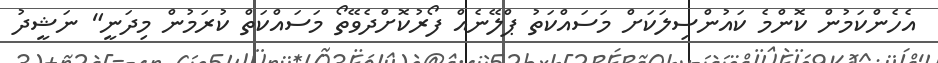
އެހެންކަމުން ކޮންމެ ކައުންސިލަކަށް މަސައްކަތު ޕްލޭނެއް ފޯރުކޮށްދެވޭތޯ މަސައްކަތް ކުރަމުން މިދަނީ" ނަޝީދު